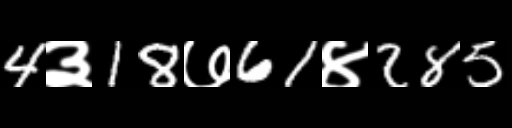
Text: 4३18७61४285